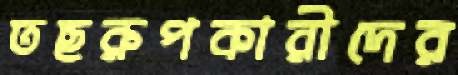
তছরুপকারীদের